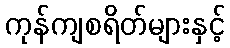
ကုန်ကျစရိတ်များနှင့်